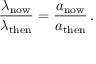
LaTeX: { \frac { \lambda _ { \mathrm { n o w } } } { \lambda _ { \mathrm { t h e n } } } } = { \frac { a _ { \mathrm { n o w } } } { a _ { \mathrm { t h e n } } } } \, .